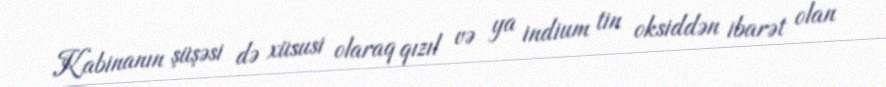
Kabinanın şüşəsi də xüsusi olaraq qızıl və ya indium tin oksiddən ibarət olan